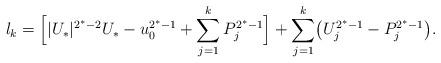
LaTeX: \begin{align*}l_{k} = \Bigl[ |U_*|^{2^{*}-2}U_*-u_0^{2^*-1}+\sum_{j=1}^{k} P_j^{2^{*}-1} \Bigr] + \sum_{j=1}^{k}\bigl( U_j^{2^*-1}- P_j^{2^{*}-1}\bigr).\end{align*}